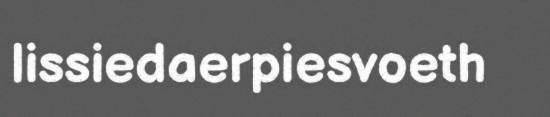
lissiedaerpiesvoeth